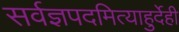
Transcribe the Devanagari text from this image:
सर्वज्ञपदमित्याहुर्देही